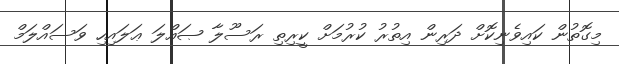
މިގޮތުން ކައިވެނިކޮށް ދަރިން އިތުރު ކުރުމަށް ކީރިތި ރަސޫލާ ޞައްލަ ޢަލައިހި ވަސައްލަމް